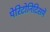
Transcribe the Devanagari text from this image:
पेरिटोनिटिसमें